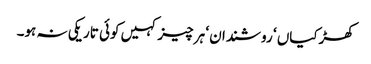
کھڑکیاں ‘ روشندان ‘ ہر چیز کہیں کوئی تاریکی نہ ہو۔